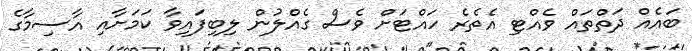
ބައެއް ދަތްތައް ވެއްޓި އެތެރެ ހައްޓަށް ވެސް ގެެއްލުން ލިބިފައިވާ ކަމަށާއި އާސިމާގެ